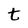
Character: t